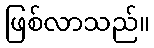
ဖြစ်လာသည်။